Sanitation, dispensaries and jails vaccination Rajputana 1922-1927 - 1922-1927
Year: 1922
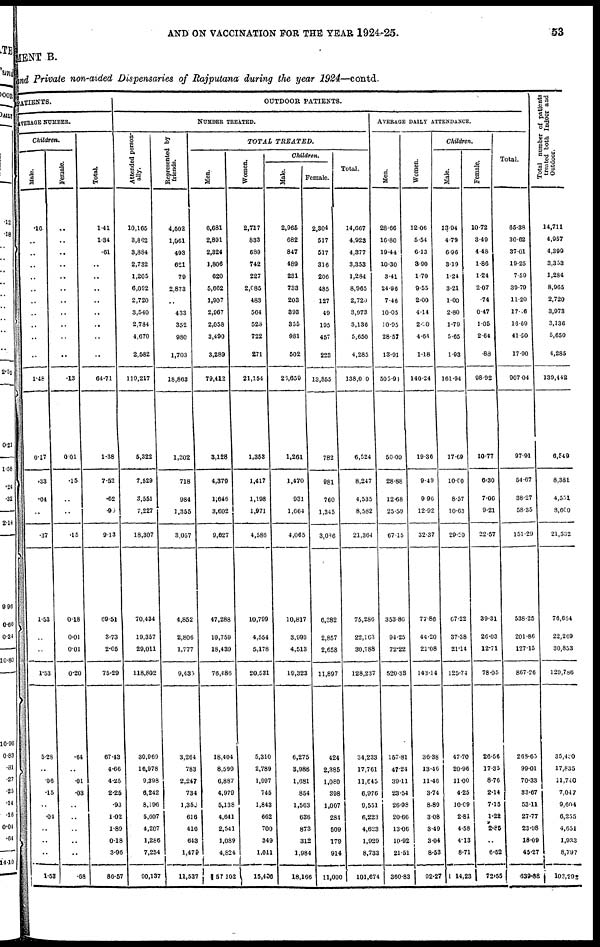
AND ON VACCINATION FOR THE YEAR 1924-25.
53
MENT B.
and Private non-aided Dispensaries of Rajputana during the year 1924—contd.
PATIENTS.
AVERAGE NUMBER.
Children.
Male.
.16
..
..
..
..
..
..
..
..
..
..
1.48
0.17
.33
.04
..
.37
1.53
..
..
1.53
5.28
..
.06
.15
..
.04
..
..
..
1.53
Female.
..
..
..
..
..
..
..
..
..
..
..
.13
0.01
.15
..
..
.15
0.18
0.01
0.01
0.20
.64
..
.01
.03
..
..
..
..
..
.68
Total.
1.41
1.34
.61
..
..
..
..
..
..
..
..
64.71
1.38
7.52
.62
.99
913
69.51
3.73
2.05
75.29
67.43
4.66
4.25
2.25
.93
1.02
1.89
0.18
3.96
86.57
OUTDOOR PATIENTS.
NUMBER TREATED.
Attended person-
ally.
10,165
3,862
3,884
2,732
1,205
6,092
2,720
3,540
2,784
4,670
2,582
119,217
5,322
7,529
3,551
7,227
18,307
70,434
19,357
29,011
118,802
30,969
16,978
9,398
6,242
8,196
5,607
4,207
1,286
7,254
90,137
Represented by
friends.
4,502
1,961
493
621
79
2,873
..
433
352
980
1,703
18,863
1,202
718
984
1,355
3,057
4,852
2,806
1,777
9,435
3,264
783
2,247
734
1,355
616
416
643
1,479
11,537
TOTAL
TREATED.
Men.
6,681
2,891
2,324
1,806
620
5,662
1,907
2,967
2,058
3,490
3,289
79,412
3,128
4,379
l,646
3,602
9,627
47,288
10,759
18,439
76,486
18,404
8,599
6,887
4,979
5,138
4,641
2,541
1,089
4,824
57,102
Women.
2,717
833
689
742
227
2,085
483
564
528
722
271
21,154
1,353
1,417
1,198
1,971
4,586
10,799
4,554
5,178
20,531
5,310
2,789
1,997
745
1,843
662
700
349
1,011
15,430
Children.
Male.
2,965
682
847
489
231
733
203
893
355
981
502
23,659
1,261
1,470
931
1,664
4,065
10,817
3,993
4,513
19,323
6,275
8,988
1,681
854
1,563
636
873
312
1,984
18,166
Female.
2,304
517
517
316
206
485
127
49
195
457
223
13,855
782
981
760
1,345
3,086
6,382
2,857
2,658
11,897
424
2,385
1,080
398
1,007
284
509
179
914
11,000
Total.
14,667
4,923
4,377
3,353
1,284
8,965
2,720
3,973
3,136
5,650
4,285
138,000
6,524
8,247
4,535
8,582
21,364
75,286
22,163
30,788
128,237
34,233
17,761
11,645
6,976
9,551
6,223
4,623
1,929
8,733
101,674
AVERAGE DAILY ATTENDANCE.
Men.
28.66
16.80
19.44
10.30
3.41
24.96
7.46
10.05
10.95
28.57
13.91
505.94
50.09
28.88
12.68
25.59
67.15
353.86
94.25
72.22
520.33
157.81
47.24
39.11
23.54
26.98
20.66
13.06
10.92
21.51
360.83
Women.
12.06
5.54
6.13
3.90
1.70
9.55
2.00
4.14
2.90
4.64
1.18
140.24
19.36
9.49
9.96
12.92
32.37
77.86
44.20
21.08
143.14
36.38
13.46
11.46
3.74
8.89
3.08
3.49
3.04
8.53
92.27
Children.
Male.
13.94
4.79
6.96
3.19
1.24
3.21
1.00
2.80
1.79
5.65
1.93
161.94
17.69
10.00
8.57
10.63
29.20
67.22
37.38
21.14
125.74
4770
20.96
11.00
4.25
10.09
2.81
4.58
4.13
8.71
14.23
Female.
10.72
3.49
4.48
1.86
1.24
2.07
.74
0.47
1.05
2.64
.88
98.92
10.77
6.30
7.06
9.21
22.57
39.31
26.03
12.71
78.05
26.56
17.35
8.76
2.14
7.15
1.22
2.85
..
6.52
72.55
Total.
65.38
30.62
37.01
19.25
7.59
39.79
11.20
17.46
16.69
41.50
17.90
907.04
97.91
54.67
38.27
58.35
151.29
538.25
201.86
127.15
867.20
263.03
99.01
70.33
33.67
53.11
27.77
23.98
18.09
45.27
339.88
Total number of patients
treated both Indoor and
Outdoor.
14,711
4,957
4,399
3,353
1,281
8,965
2,720
3,973
3,136
5,650
4,285
139,442
6,549
8,381
4,551
8,600
21,532
76,664
22,269
30,853
129,786
35,480
17,835
11,740
7,047
9,604
6,255
4,651
1,933
8,797
103,292